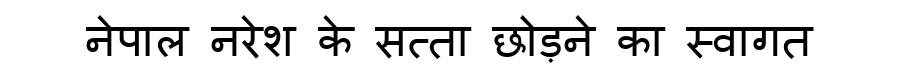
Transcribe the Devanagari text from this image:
नेपाल नरेश के सत्ता छोड़ने का स्वागत